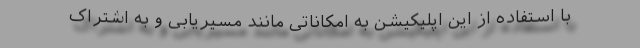
با استفاده از این اپلیکیشن به امکاناتی مانند مسیریابی و به اشتراک